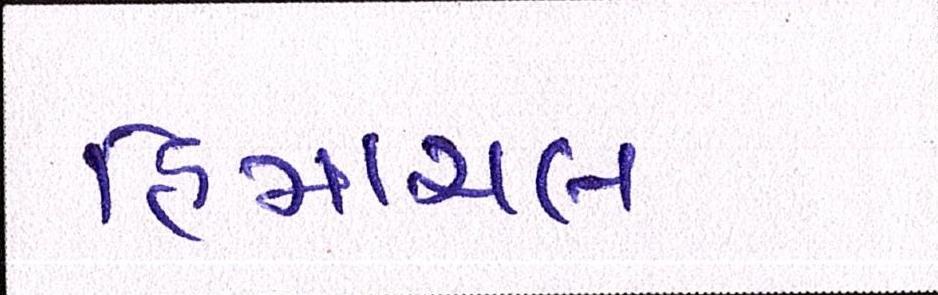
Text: હિમાચલ